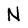
Character: N